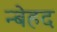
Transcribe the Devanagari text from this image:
न्बेहद